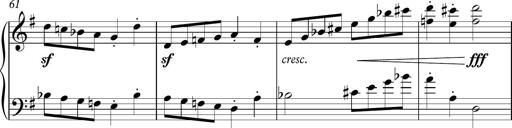
Title: Sonatina
Composer: Kemble Stout
Key: G major